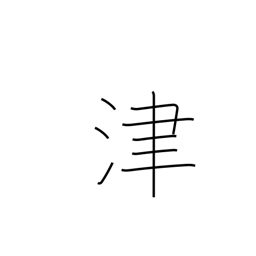
Meaning: ferry